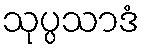
သုပ္ပသာဒံ